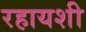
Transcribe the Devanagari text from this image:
रहायशी